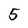
Character: 5